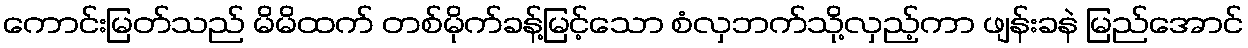
ကောင်းမြတ်သည် မိမိထက် တစ်မိုက်ခန့်မြင့်သော စံလှဘက်သို့လှည့်ကာ ဖျန်းခနဲ မြည်အောင်